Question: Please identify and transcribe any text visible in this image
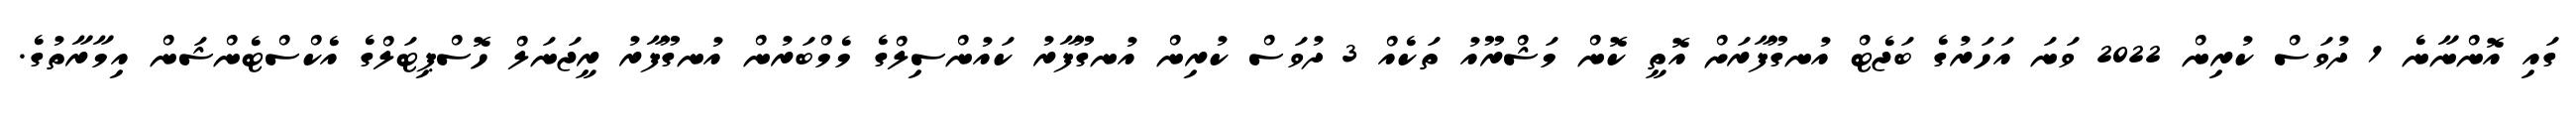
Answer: ގައި އޮންނާނެ 1 ދުވަސް ކުރިން 2022 ވަނަ އަހަރުގެ ބަޖެޓް އުނގޫފާރަށް އޮތީ ކޮން މަޝްރޫއު ތަކެއް 3 ދުވަސް ކުރިން އުނގޫފާރު ކައުންސިލްގެ މެމްބަރުން އުނގޫފާރު ރީޖަނަލް ހޮސްޕިޓަލްގެ އެކްސްޓެންޝަން އިމާރާތުގެ.